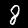
Label: 8